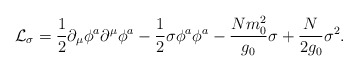
\begin{align*}{\cal L}_{\sigma}={1 \over 2}\partial_{\mu} \phi^a\partial^{\mu}\phi^a-{1 \over 2}\sigma \phi^a\phi^a-{Nm_0^2 \over g_0}\sigma +{N \over 2g_0}\sigma^2.\end{align*}